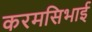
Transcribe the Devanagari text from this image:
करमसिभाई